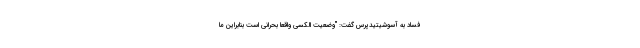
فساد به آسوشیتیدپرس گفت: "وضعیت الکسی واقعا بحرانی است بنابراین ما